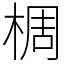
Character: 椆